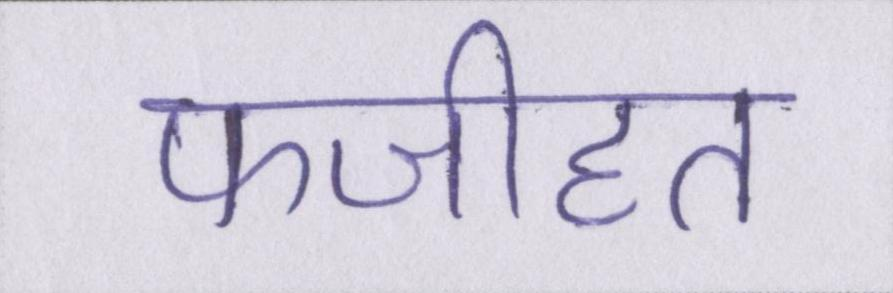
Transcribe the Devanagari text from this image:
फजीहत